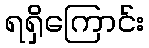
ရရှိကြောင်း